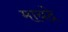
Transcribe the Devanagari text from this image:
मायदे